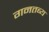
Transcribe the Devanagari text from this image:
गनतब्य